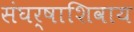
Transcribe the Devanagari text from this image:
संघर्षाशिवाय